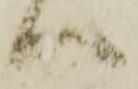
ハ